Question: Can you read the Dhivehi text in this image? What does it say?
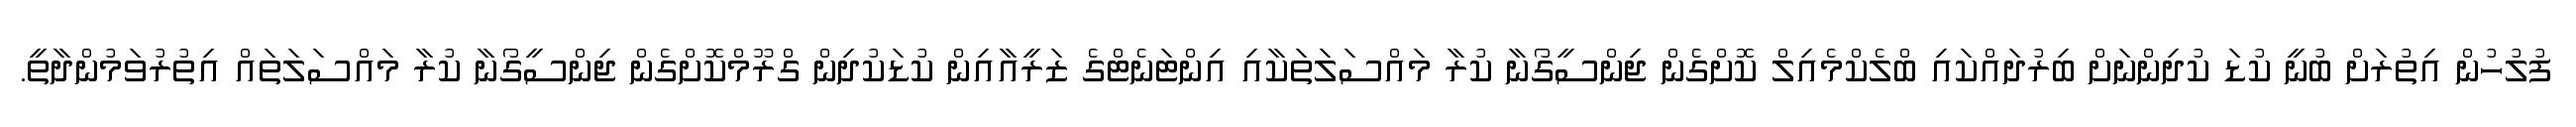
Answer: ފުލުހުން އިތުރަށް ބުނީ ކުޑަ ކުދިންނަށް ބިރުދައްކައި ބްލެކްމެއިލް ކޮށްގެން ޖިންސީގޯނާ ކުރާ މައްސަލަތަކާއި އިންޓަނެޓްގެ ޒަރީއާއިން ކުޑަކުދިން ގްރޫމްކޮށްގެން ޖިންސީގޯނާ ކުރާ މައްސަލަތައް އިތުރުވަމުންދާތީ.